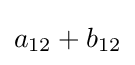
a_{12}+b_{12}